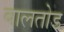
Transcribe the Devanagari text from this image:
बालतोड